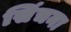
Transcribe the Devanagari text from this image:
सिंचना